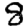
Digit: 8